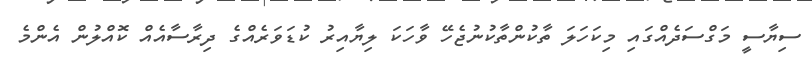
ސިޔާސީ މަގްސަދެއްގައި މިކަހަލަ ތާކުންތާކުނުޖެހޭ ވާހަކަ ލިޔާއިރު ކުޑަވަރެއްގެ ދިރާސާއެއް ކޮއްލުން އެންމެ